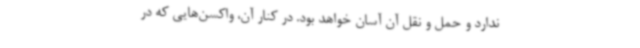
ندارد و حمل و نقل آن آسان خواهد بود. در کنار آن، واکسن‌هایی که در